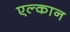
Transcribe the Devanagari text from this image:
एल्कान